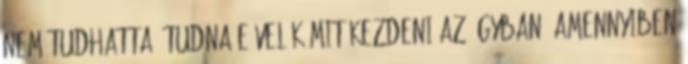
nem tudhatta, tudna-e velük mit kezdeni az ágyban, amennyiben